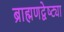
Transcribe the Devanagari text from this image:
ब्राह्मणद्वेष्ट्या